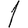
Digit: 1